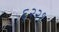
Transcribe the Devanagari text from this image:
६२२१